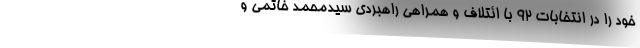
خود را در انتخابات ۹۲ با ائتلاف و همراهی راهبردی سیدمحمد خاتمی و